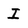
Character: I